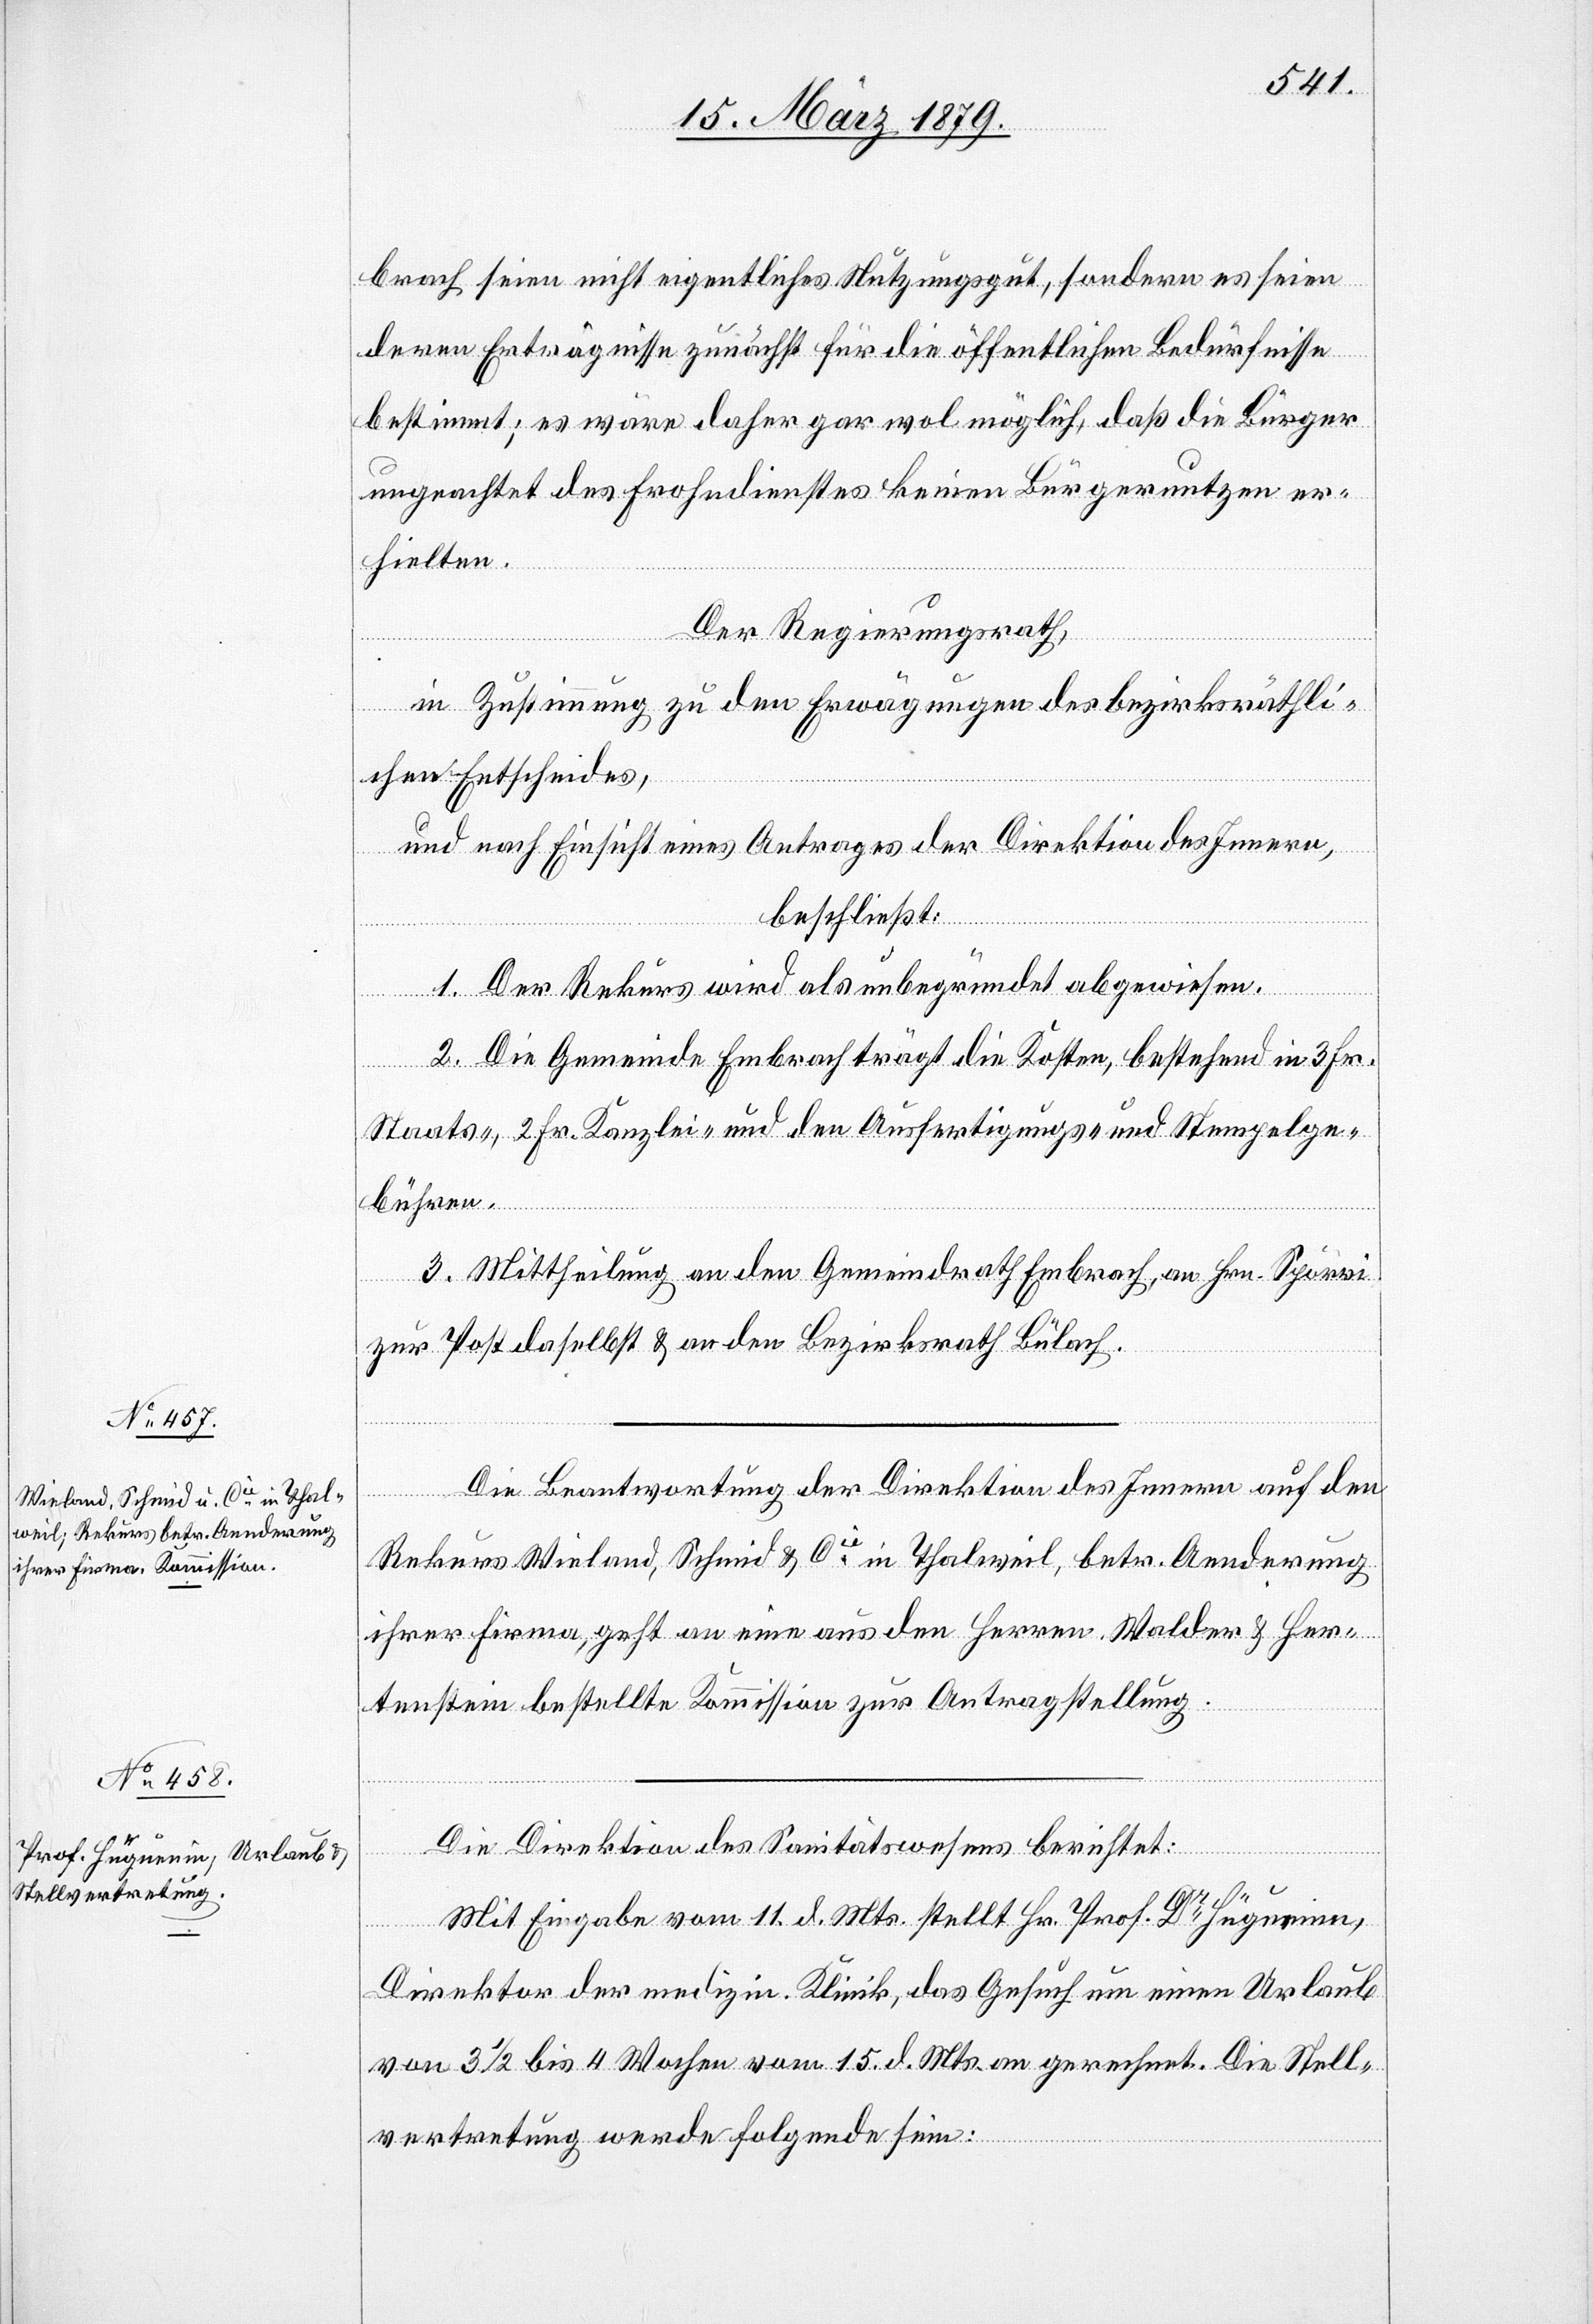
brach seien nicht eigentliches Nutzungsgut, sondern es seien
deren Erträgnisse zunächst für die öffentlichen Bedürfnisse
bestimmt; es wäre daher gar wol möglich, daß die Bürger
ungeachtet des Frohndienstes keinen Bürgernutzen er¬
hielten.
Der Regierungsrath,
in Zustimmung zu den Erwägungen des bezirksräthli¬
chen Entscheides,
und nach Einsicht eines Antrages der Direktion des Innern,
beschließt:
1. Der Rekurs wird als unbegründet abgewiesen.
2. Die Gemeinde Embrach trägt die Kosten, bestehend in 3 Fr.
Staats-, 2 Fr. Kanzlei- und den Ausfertigungs- und Stempelge¬
bühren.
3. Mittheilung an den Gemeindrath Embrach, an Hrn. Spörri
zur Post daselbst & an den Bezirksrath Bülach.
Die Beantwortung der Direktion des Innern auf den
Rekurs Wieland, Schmid & Cie in Thalweil, betr. Aenderung
ihrer Firma, geht an eine aus den Herren Walder & Her¬
tenstein bestellte Kommission zur Antragstellung.
Die Direktion des Sanitätswesens berichtet:
Mit Eingabe vom 11. d. Mts. stellt Hr. Prof. Dr Hüguenin,
Direktor der medizin. Klinik, das Gesuch um einen Urlaub
von 3 1/2 bis 4 Wochen vom 15. d. Mts. an gerechnet. Die Stell¬
vertretung werde folgende sein: